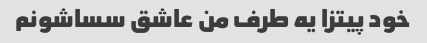
خود پیتزا یه طرف من عاشق سساشونم